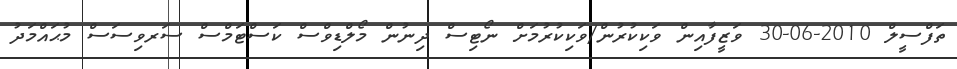
ތަފްސީލް 2010-06-30 ވަޒީފާއިން ވަކިކުރުން/ވަކިކުރުމަށް ނޯޓިސް ދިނުން މޯލްޑިވްސް ކަސްޓަމްސް ސަރވިސަސް މުޙައްމަދު